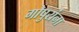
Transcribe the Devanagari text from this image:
गोपुरांना